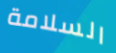
السلامة